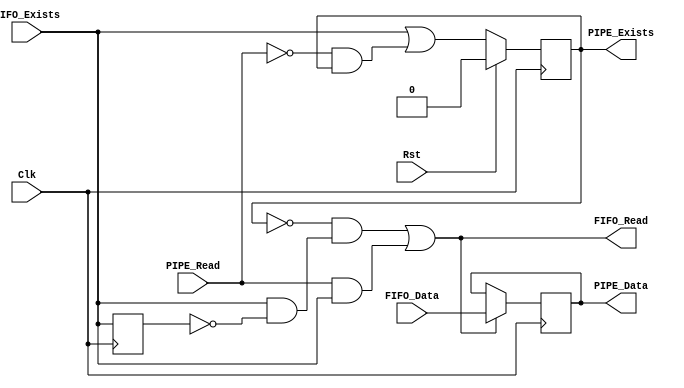
//-----------------------------------------------------------------------------
//-- (c) Copyright 2006 - 2009 Xilinx, Inc. All rights reserved.
//--
//-- This file contains confidential and proprietary information
//-- of Xilinx, Inc. and is protected under U.S. and
//-- international copyright and other intellectual property
//-- laws.
//--
//-- DISCLAIMER
//-- This disclaimer is not a license and does not grant any
//-- rights to the materials distributed herewith. Except as
//-- otherwise provided in a valid license issued to you by
//-- Xilinx, and to the maximum extent permitted by applicable
//-- law: (1) THESE MATERIALS ARE MADE AVAILABLE "AS IS" AND
//-- WITH ALL FAULTS, AND XILINX HEREBY DISCLAIMS ALL WARRANTIES
//-- AND CONDITIONS, EXPRESS, IMPLIED, OR STATUTORY, INCLUDING
//-- BUT NOT LIMITED TO WARRANTIES OF MERCHANTABILITY, NON-
//-- INFRINGEMENT, OR FITNESS FOR ANY PARTICULAR PURPOSE; and
//-- (2) Xilinx shall not be liable (whether in contract or tort,
//-- including negligence, or under any other theory of
//-- liability) for any loss or damage of any kind or nature
//-- related to, arising under or in connection with these
//-- materials, including for any direct, or any indirect,
//-- special, incidental, or consequential loss or damage
//-- (including loss of data, profits, goodwill, or any type of
//-- loss or damage suffered as a result of any action brought
//-- by a third party) even if such damage or loss was
//-- reasonably foreseeable or Xilinx had been advised of the
//-- possibility of the same.
//--
//-- CRITICAL APPLICATIONS
//-- Xilinx products are not designed or intended to be fail-
//-- safe, or for use in any application requiring fail-safe
//-- performance, such as life-support or safety devices or
//-- systems, Class III medical devices, nuclear facilities,
//-- applications related to the deployment of airbags, or any
//-- other applications that could lead to death, personal
//-- injury, or severe property or environmental damage
//-- (individually and collectively, "Critical
//-- Applications"). Customer assumes the sole risk and
//-- liability of any use of Xilinx products in Critical
//-- Applications, subject only to applicable laws and
//-- regulations governing limitations on product liability.
//--
//-- THIS COPYRIGHT NOTICE AND DISCLAIMER MUST BE RETAINED AS
//-- PART OF THIS FILE AT ALL TIMES.
//-----------------------------------------------------------------------------
//Purpose:
//    Synchronous, shallow FIFO that uses SRL16E as a DP Memory.
//    This requires about 1/2 the resources as a Distributed RAM DPRAM 
//    implementation.
//
//    This FIFO will have the current data on the output when data is contained
//    in the FIFO.  When the FIFO is empty, the output data is invalid.
//
//Reference:
//Revision History:
//
///////////////////////////////////////////////////////////////////////////
// Module: fifo_pipeline --
// This is a "smart" pipeline register output to the FIFO it will load 
// register whenever data exists in the fifo the data is popped.  The 
// result is that this register will look like the output of the SRL
// FIFO but without the associated timing delays while maintaining the
// same signal relationship between "exist", "ren", and "data/control".
///////////////////////////////////////////////////////////////////////////
`timescale 1ns / 100ps
module fifo_pipeline
  #(
    parameter C_DWIDTH = 1,       //  Allowed values: 1+
    parameter C_INV_EXISTS = 0    //  Allowed values: 0,1
  )
  (
    // system signals
    input  wire                 Clk,
    input  wire                 Rst,
    // FIFO side signals
    input  wire                 FIFO_Exists, // Exists or Empty
    output wire                 FIFO_Read,   // Read is Pop
    input  wire [C_DWIDTH-1:0]  FIFO_Data,
    // Pipelined signals
    output wire                 PIPE_Exists,
    input  wire                 PIPE_Read,
    output reg  [C_DWIDTH-1:0]  PIPE_Data
  );
  
  wire                          fifo_exists_i;
  reg                           fifo_exists_d1;
  wire                          fifo_exists_rising_edge;
  wire                          fifo_read_cond_1;
  wire                          fifo_read_cond_2;
  reg                           pipe_exists_i;

  // Exists is really an empty signal in this case
  generate
    if (C_INV_EXISTS) begin : FIFO_EMPTY
      assign fifo_exists_i = ~FIFO_Exists;
      assign PIPE_Exists   = ~pipe_exists_i;
    end
    else begin : FIFO_EXISTS
      assign fifo_exists_i = FIFO_Exists;
      assign PIPE_Exists   = pipe_exists_i;
    end
  endgenerate

  // Exists signal is a S/R latch w/ rst
  always @(posedge Clk)
    if (Rst)
      pipe_exists_i <= 1'b0;
    else
      pipe_exists_i <= fifo_exists_i | (~PIPE_Read & pipe_exists_i);

  // Rising edge detector for FIFO_Exists
  always @(posedge Clk)
    fifo_exists_d1 <= fifo_exists_i;

  assign fifo_exists_rising_edge = fifo_exists_i & ~fifo_exists_d1;

  // Condition 1 to Read the FIFO our pipe is empty and the fifo is not
  assign fifo_read_cond_1 = ~pipe_exists_i & fifo_exists_rising_edge;

  // condition 2 to read the FIFO is if a READ is issued and we have more data
  // in the fifo
  assign fifo_read_cond_2 = PIPE_Read & fifo_exists_i;

  // Or the two conditions
  assign FIFO_Read = fifo_read_cond_1 | fifo_read_cond_2;

  // Data pipeline register, we advance every time a read is performed
  always @(posedge Clk)
    if (FIFO_Read)
      PIPE_Data <= FIFO_Data;

    

endmodule // fifo_pipeline